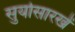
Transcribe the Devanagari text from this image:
सुर्यासारखें